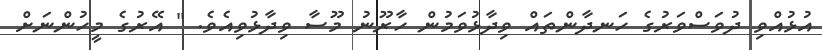
އުޅުއްވި ދުވަސްވަރުގެ ހަނދާންތައް ވިދާޅުވަމުން ހާރޫނު މޫސާ ވިދާޅުވިއެވެ. " އޭރުގެ މީހުންނަށް